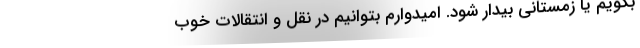
بگویم یا زمستانی بیدار شود. امیدوارم بتوانیم در نقل و انتقالات خوب